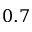
0 . 7